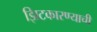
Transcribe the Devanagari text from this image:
झिटकारण्याची